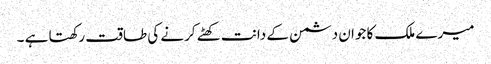
میرے ملک کا جوان دشمن کے دانت کھٹے کرنے کی طاقت رکھتا ہے ۔